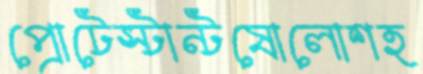
প্রোটেস্টান্টষোলোশহ